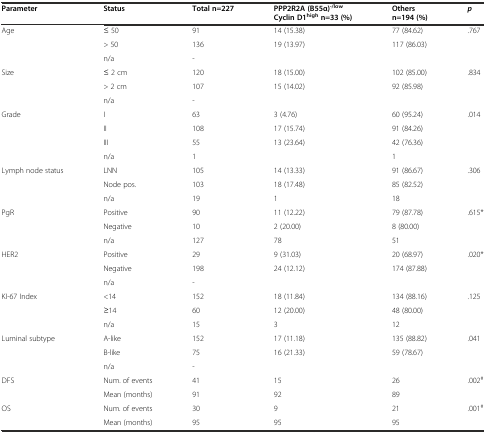
<table><thead><tr><td><b>Parameter</b></td><td><b>Status</b></td><td><b>Total n=227</b></td><td><b>PPP2R2A (B55α)<sup>-/low</sup>Cyclin D1<sup>high</sup>n=33 (%)</b></td><td><b>Others n=194 (%)</b></td><td><b><i>p</i></b></td></tr></thead><tbody><tr><td>Age</td><td>≤ 50</td><td>91</td><td>14 (15.38)</td><td>77 (84.62)</td><td>.767</td></tr><tr><td></td><td>&gt; 50</td><td>136</td><td>19 (13.97)</td><td>117 (86.03)</td><td></td></tr><tr><td></td><td>n/a</td><td>-</td><td></td><td></td><td></td></tr><tr><td>Size</td><td>≤ 2 cm</td><td>120</td><td>18 (15.00)</td><td>102 (85.00)</td><td>.834</td></tr><tr><td></td><td>&gt; 2 cm</td><td>107</td><td>15 (14.02)</td><td>92 (85.98)</td><td></td></tr><tr><td></td><td>n/a</td><td>-</td><td></td><td></td><td></td></tr><tr><td>Grade</td><td>I</td><td>63</td><td>3 (4.76)</td><td>60 (95.24)</td><td>.014</td></tr><tr><td></td><td>II</td><td>108</td><td>17 (15.74)</td><td>91 (84.26)</td><td></td></tr><tr><td></td><td>III</td><td>55</td><td>13 (23.64)</td><td>42 (76.36)</td><td></td></tr><tr><td></td><td>n/a</td><td>1</td><td></td><td>1</td><td></td></tr><tr><td>Lymph node status</td><td>LNN</td><td>105</td><td>14 (13.33)</td><td>91 (86.67)</td><td>.306</td></tr><tr><td></td><td>Node pos.</td><td>103</td><td>18 (17.48)</td><td>85 (82.52)</td><td></td></tr><tr><td></td><td>n/a</td><td>19</td><td>1</td><td>18</td><td></td></tr><tr><td>PgR</td><td>Positive</td><td>90</td><td>11 (12.22)</td><td>79 (87.78)</td><td>.615*</td></tr><tr><td></td><td>Negative</td><td>10</td><td>2 (20.00)</td><td>8 (80.00)</td><td></td></tr><tr><td></td><td>n/a</td><td>127</td><td>78</td><td>51</td><td></td></tr><tr><td>HER2</td><td>Positive</td><td>29</td><td>9 (31.03)</td><td>20 (68.97)</td><td>.020*</td></tr><tr><td></td><td>Negative</td><td>198</td><td>24 (12.12)</td><td>174 (87.88)</td><td></td></tr><tr><td></td><td>n/a</td><td>-</td><td></td><td></td><td></td></tr><tr><td>KI-67 Index</td><td>&lt;14</td><td>152</td><td>18 (11.84)</td><td>134 (88.16)</td><td>.125</td></tr><tr><td></td><td>≥14</td><td>60</td><td>12 (20.00)</td><td>48 (80.00)</td><td></td></tr><tr><td></td><td>n/a</td><td>15</td><td>3</td><td>12</td><td></td></tr><tr><td>Luminal subtype</td><td>A-like</td><td>152</td><td>17 (11.18)</td><td>135 (88.82)</td><td>.041</td></tr><tr><td></td><td>B-like</td><td>75</td><td>16 (21.33)</td><td>59 (78.67)</td><td></td></tr><tr><td></td><td>n/a</td><td>-</td><td></td><td></td><td></td></tr><tr><td>DFS</td><td>Num. of events</td><td>41</td><td>15</td><td>26</td><td>.002<sup>#</sup></td></tr><tr><td></td><td>Mean (months)</td><td>91</td><td>92</td><td>89</td><td></td></tr><tr><td>OS</td><td>Num. of events</td><td>30</td><td>9</td><td>21</td><td>.001<sup>#</sup></td></tr><tr><td></td><td>Mean (months)</td><td>95</td><td>95</td><td>95</td><td></td></tr></tbody></table>